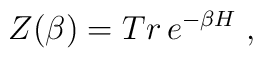
Z(\beta)= Tr\, e^{-\beta H}\;,